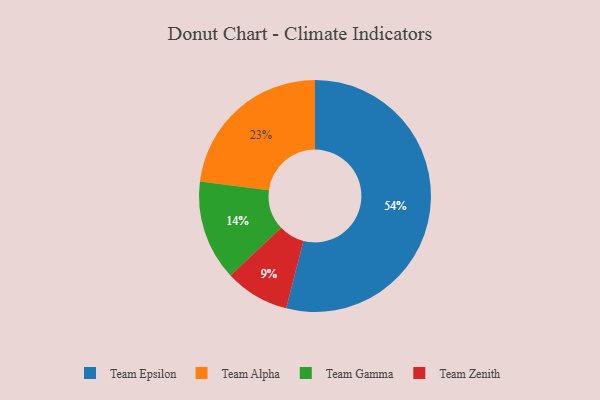
{"axis": {"x": "Category", "y": "Percentage"}, "legend": ["Team Alpha", "Team Epsilon", "Team Gamma", "Team Zenith"], "data": [{"x": "Team Gamma", "y": 14, "type": "Team Gamma"}, {"x": "Team Epsilon", "y": 54, "type": "Team Epsilon"}, {"x": "Team Zenith", "y": 9, "type": "Team Zenith"}, {"x": "Team Alpha", "y": 23, "type": "Team Alpha"}]}